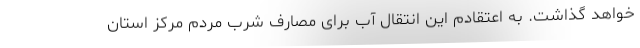
خواهد گذاشت. به اعتقادم این انتقال آب برای مصارف شرب مردم مرکز استان